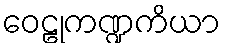
ဝေဠုကဏ္ဍကိယာ